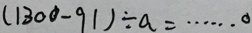
( 1 3 0 0 - 9 1 ) \div a = \cdots 0